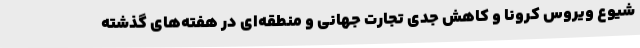
شیوع ویروس کرونا و کاهش جدی تجارت جهانی و منطقه‌ای در هفته‌های گذشته